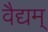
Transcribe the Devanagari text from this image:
वैद्यम्